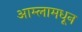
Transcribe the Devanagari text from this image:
आम्लामधून